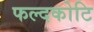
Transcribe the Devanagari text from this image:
फल्दकोटि